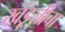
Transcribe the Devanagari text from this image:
खंडूजीचा